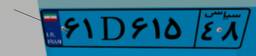
۶۱D۶۱۵۴۸